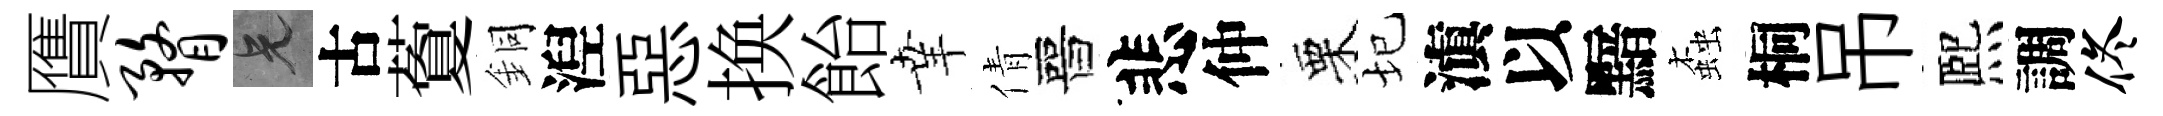
贋瞀兄古藑銅湼惡换飴𦍒倩晉悲仲栗圮滇以黯螙桐吊熈調佟